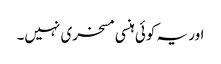
اور یہ کوئی ہنسی مسخری نہیں۔